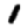
Digit: 1